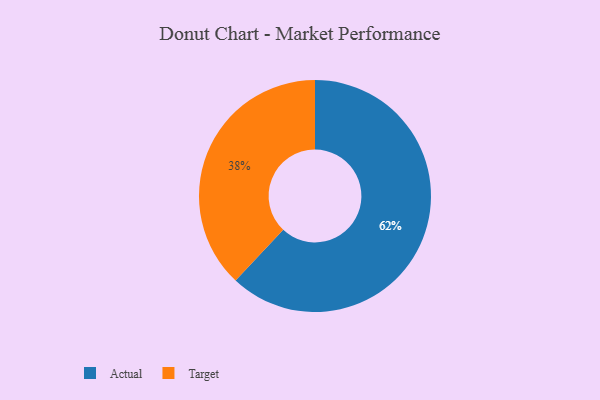
{"axis": {"x": "Category", "y": "Percentage"}, "legend": ["Actual", "Target"], "data": [{"x": "Target", "y": 38, "type": "Target"}, {"x": "Actual", "y": 62, "type": "Actual"}]}